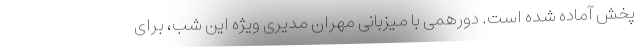
پخش آماده شده است. دورهمی با میزبانی مهران مدیری ویژه این شب، برای